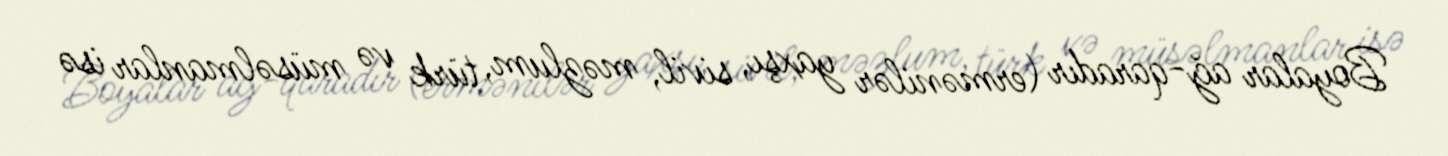
Boyalar ağ-qaradır (ermənilər yaxşı, sivil, məzlum, türk və müsəlmanlar isə